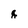
Character: q